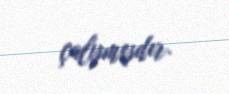
çalışmışdır.